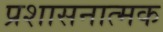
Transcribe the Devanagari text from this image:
प्रशासनात्मक